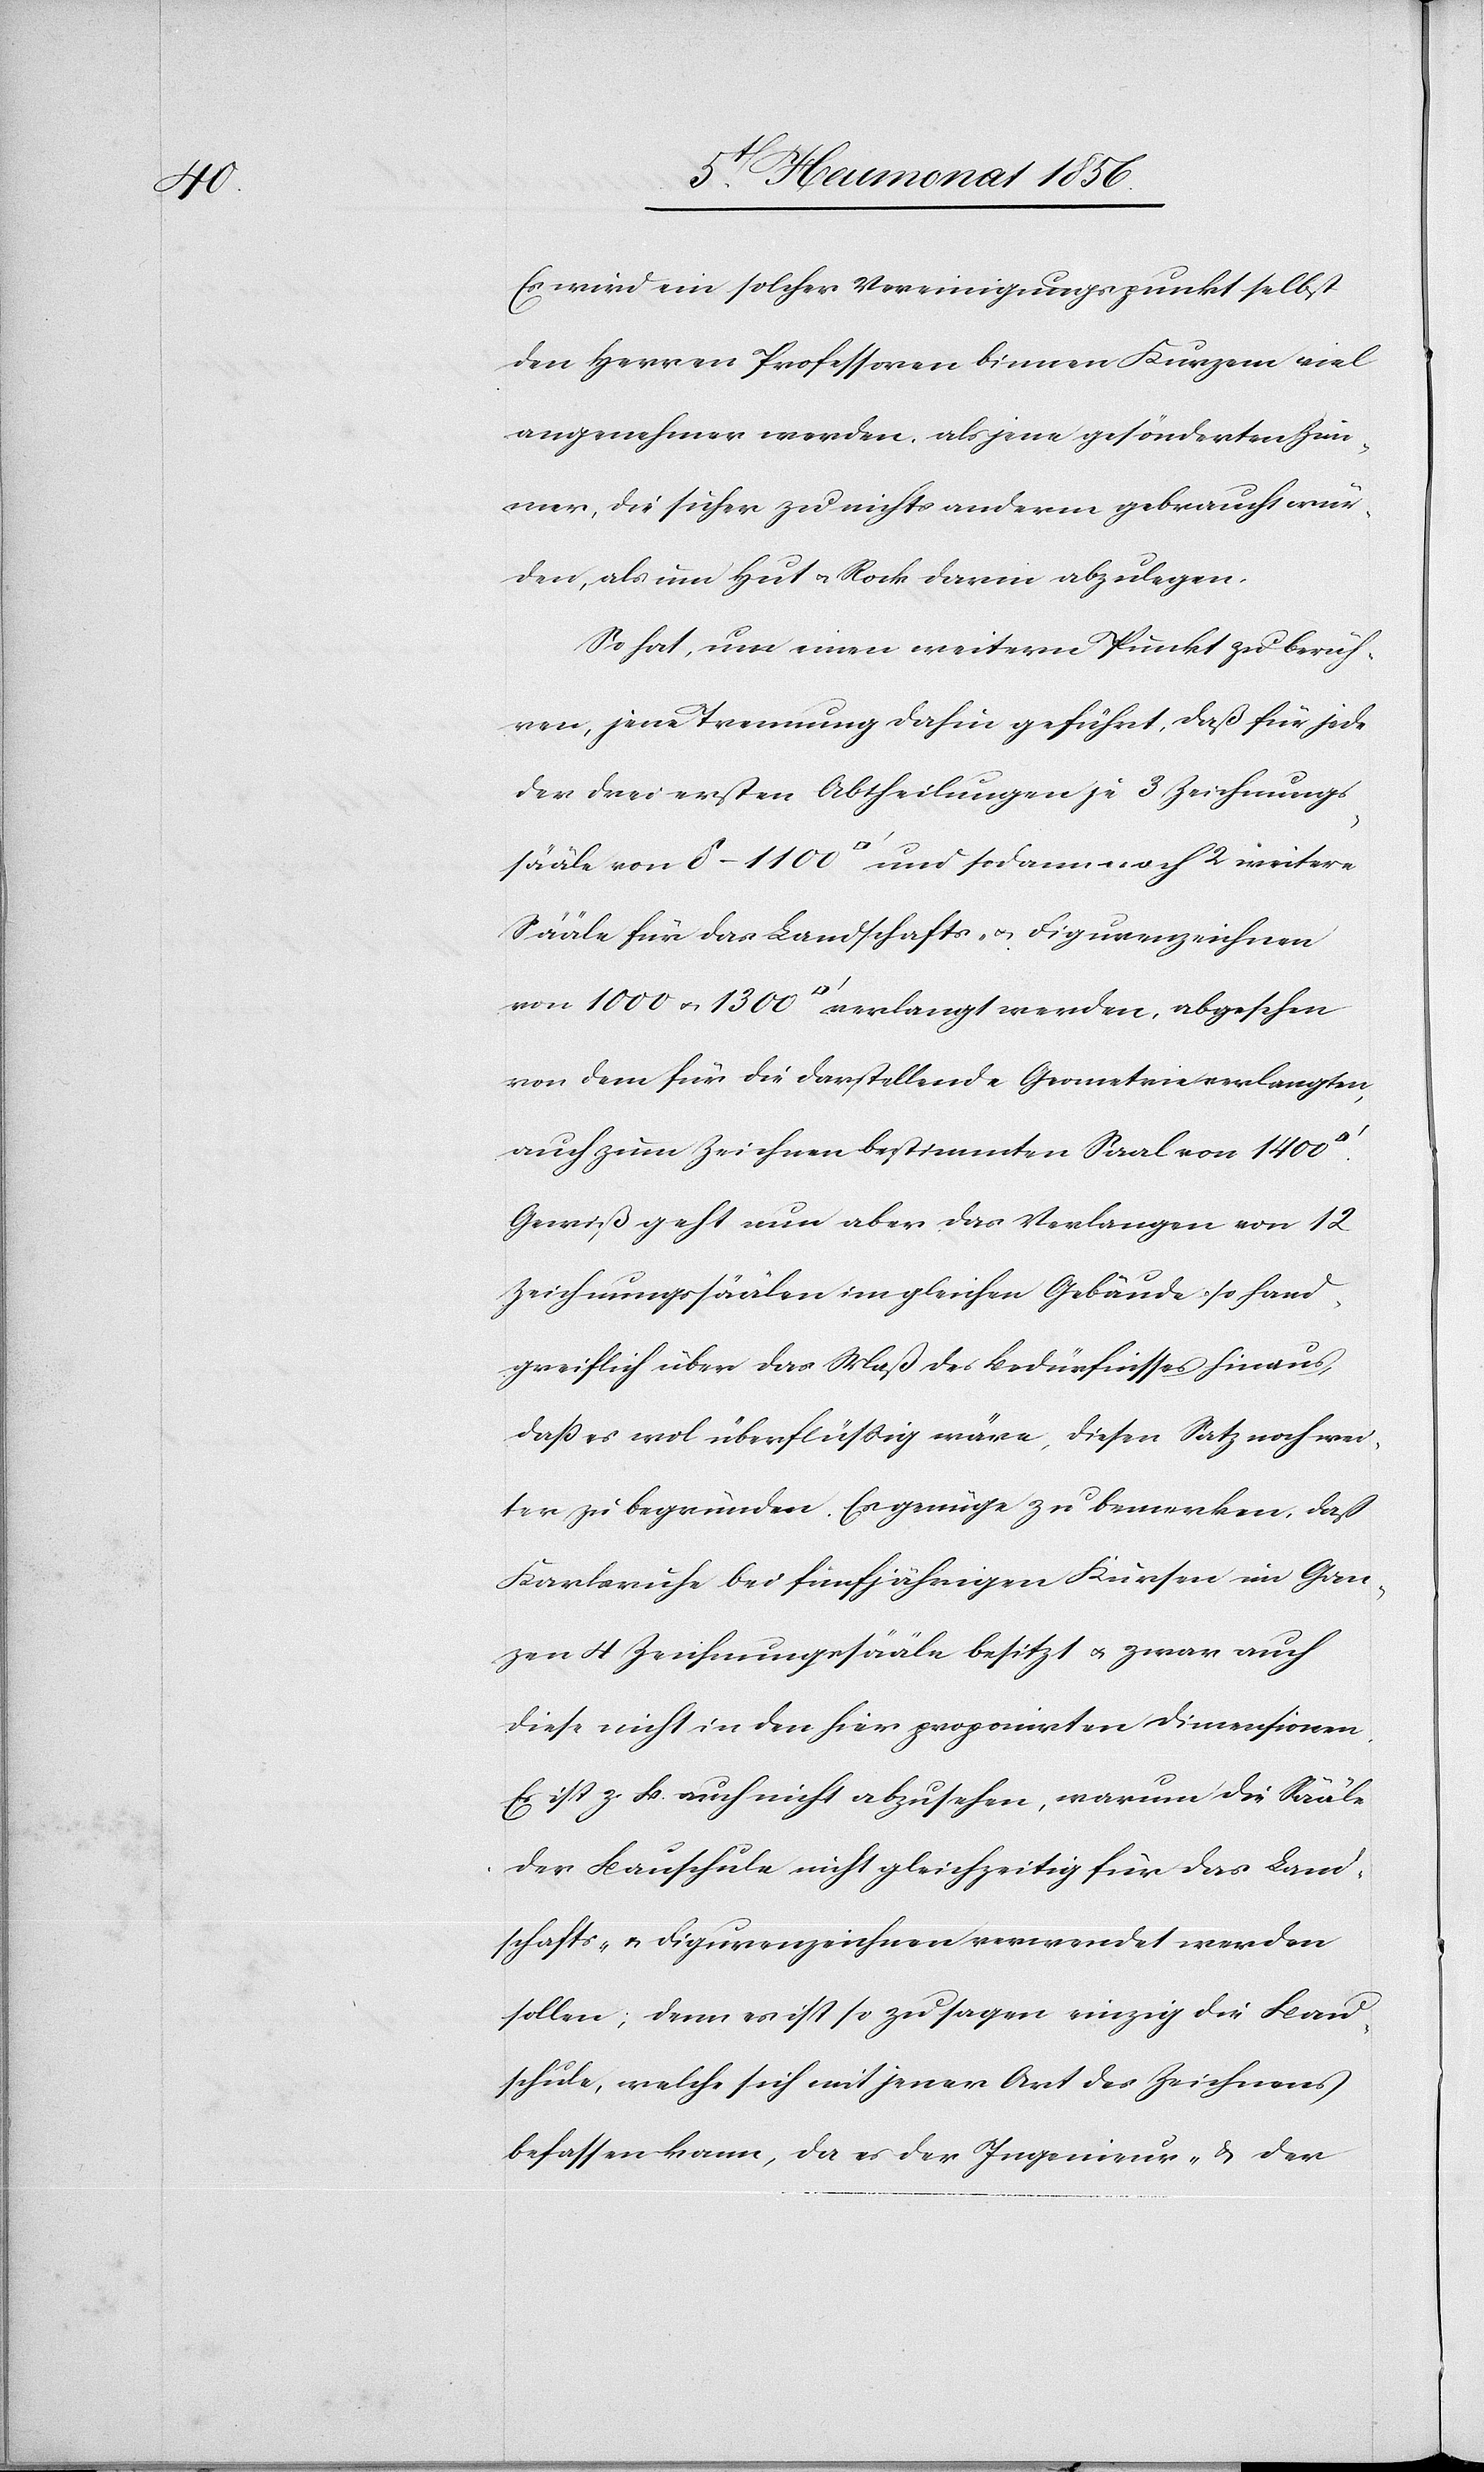
sääle

Es wird ein solcher Vereinigungspunkt selbst
den Herren Professoren binnen Kurzem viel
angenehmer werden, als jene gesönderten Zim¬
mer, die sicher zu nichts anderm gebraucht wür¬
den, als um Hut u. Rock darin abzulegen.
So hat, um einen weitern Punkt zu berüh¬
ren, jene Trennung dahin geführt, daß für jede
der drei ersten Abtheilungen je 3 Zeichnungs¬
Sääle für das Landschafts- u. Figurenzeichnen
von 1000 u. 1300 [Quadratfuss] verlangt werden, abgesehen
von dem für die darstellende Geometrie verlangten,
auch zum Zeichnen bestimmten Saal von 1400
Gewiß geht nun aber das Verlangen von 12
Zeichnungssäälen im gleichen Gebäude so hand¬
greiflich über das Maß des Bedürfnisses hinaus,
dass es wol überflüssig wäre, diesen Satz noch wei¬
ter zu begründen. Es genüge zu bemerken, daß
Karlsruhe bei fünfjährigen Kursen im Gan¬
zen 4 Zeichnungssääle besitzt u. zwar auch
diese nicht in den hier proponirten Dimensionen.
Es ist z. B. auch nicht abzusehen, warum die Sääle
der Bauschule nicht gleichzeitig für das Land¬
schafts- u. Figurenzeichnen verwendet werden
sollen; denn es ist so zu sagen einzig die Bau¬
schule, welche sich mit jener Art des Zeichnens
befassen kann, da es der Ingenieur- & der